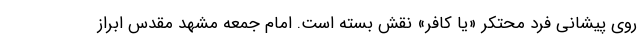
روی پیشانی فرد محتکر «یا کافر» نقش بسته است. امام جمعه مشهد مقدس ابراز